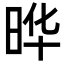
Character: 晔